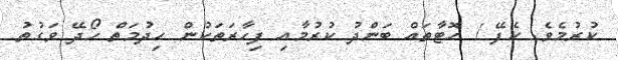
ކުރުމެވެ. ކެފޭ / ހޮޓާތައް ބަންދު ކުރުމާއި ފިހާރަތަކުން ހިދުމަތް ހޯދޭ ވަގުތު